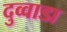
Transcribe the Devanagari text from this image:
दुव्वाडा